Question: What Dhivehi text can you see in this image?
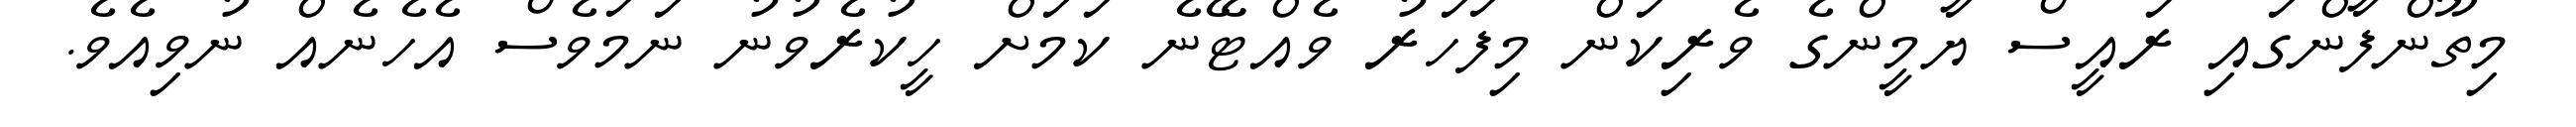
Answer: މިތޫންފާންގައި ރައީސް ޔާމީންގެ ވެރިކަން މިފަހަރު ވެއްޓޭނެ ކަމަށް ހީކުރެވުނު ނަމަވެސް އެހެނެއް ނުވިއެވެ.